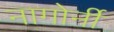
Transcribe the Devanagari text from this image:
नागोर्नी